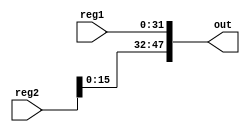
module mux_lcd_test(
  input [31:0] reg1,
  input [31:0] reg2,
  output reg [47:0] out	
);

  always@(*)
  begin
    out[47:0] = {reg2[15:0], reg1};
  end

    // assign out[47:0]={reg1, reg2[15:0]};
endmodule